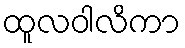
ထူလဝါလိကာ